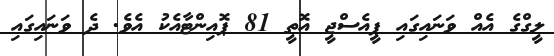
ލީގްގެ އެއް ވަނައިގައި ޕީއެސްޖީ އޮތީ 81 ޕޮއިންޓާއެކު އެވެ. ދެ ވަނައިގައި